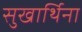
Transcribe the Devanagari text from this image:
सुखार्थिना